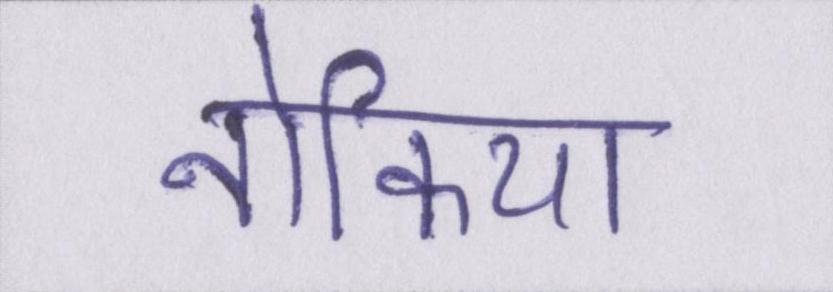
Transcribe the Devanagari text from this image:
नोकिया